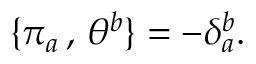
\qquad \{ \pi _ { a } \, , \, \theta ^ { b } \} = - \delta _ { a } ^ { b } .